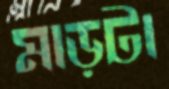
মাড়টা